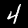
Digit: 4